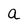
Character: a